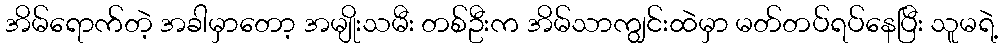
အိမ်ရောက်တဲ့ အခါမှာတော့ အမျိုးသမီး တစ်ဦးက အိမ်သာကျွင်းထဲမှာ မတ်တပ်ရပ်နေပြီး သူမရဲ့